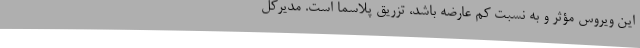
این ویروس مؤثر و به نسبت کم عارضه باشد، تزریق پلاسما است. مدیرکل